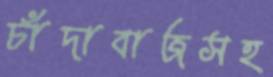
চাঁদাবাজসহ